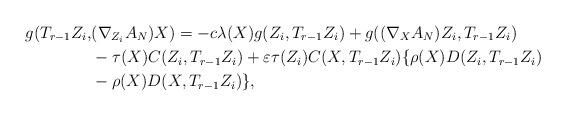
LaTeX: \begin{align*} g(T_{r-1}Z_{i},&(\nabla_{Z_{i}}A_{N})X)=-c\lambda(X)g(Z_{i},T_{r-1}Z_{i})+g((\nabla_{X}A_{N})Z_{i},T_{r-1}Z_{i})\\ &-\tau(X)C(Z_{i},T_{r-1}Z_{i})+\varepsilon\tau(Z_{i})C(X,T_{r-1}Z_{i})\{\rho(X)D(Z_{i},T_{r-1}Z_{i})\\ &-\rho(X)D(X,T_{r-1}Z_{i})\},\end{align*}